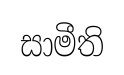
සාමීති